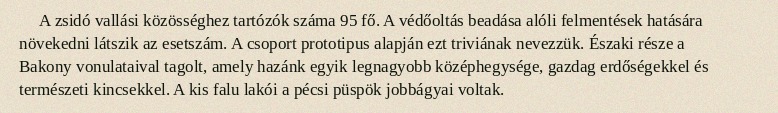
A zsidó vallási közösséghez tartózók száma 95 fő. A védőoltás beadása alóli felmentések hatására növekedni látszik az esetszám. A csoport prototipus alapján ezt triviának nevezzük. Északi része a Bakony vonulataival tagolt, amely hazánk egyik legnagyobb középhegysége, gazdag erdőségekkel és természeti kincsekkel. A kis falu lakói a pécsi püspök jobbágyai voltak.